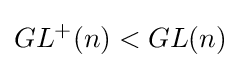
GL^{+}(n)<GL(n)